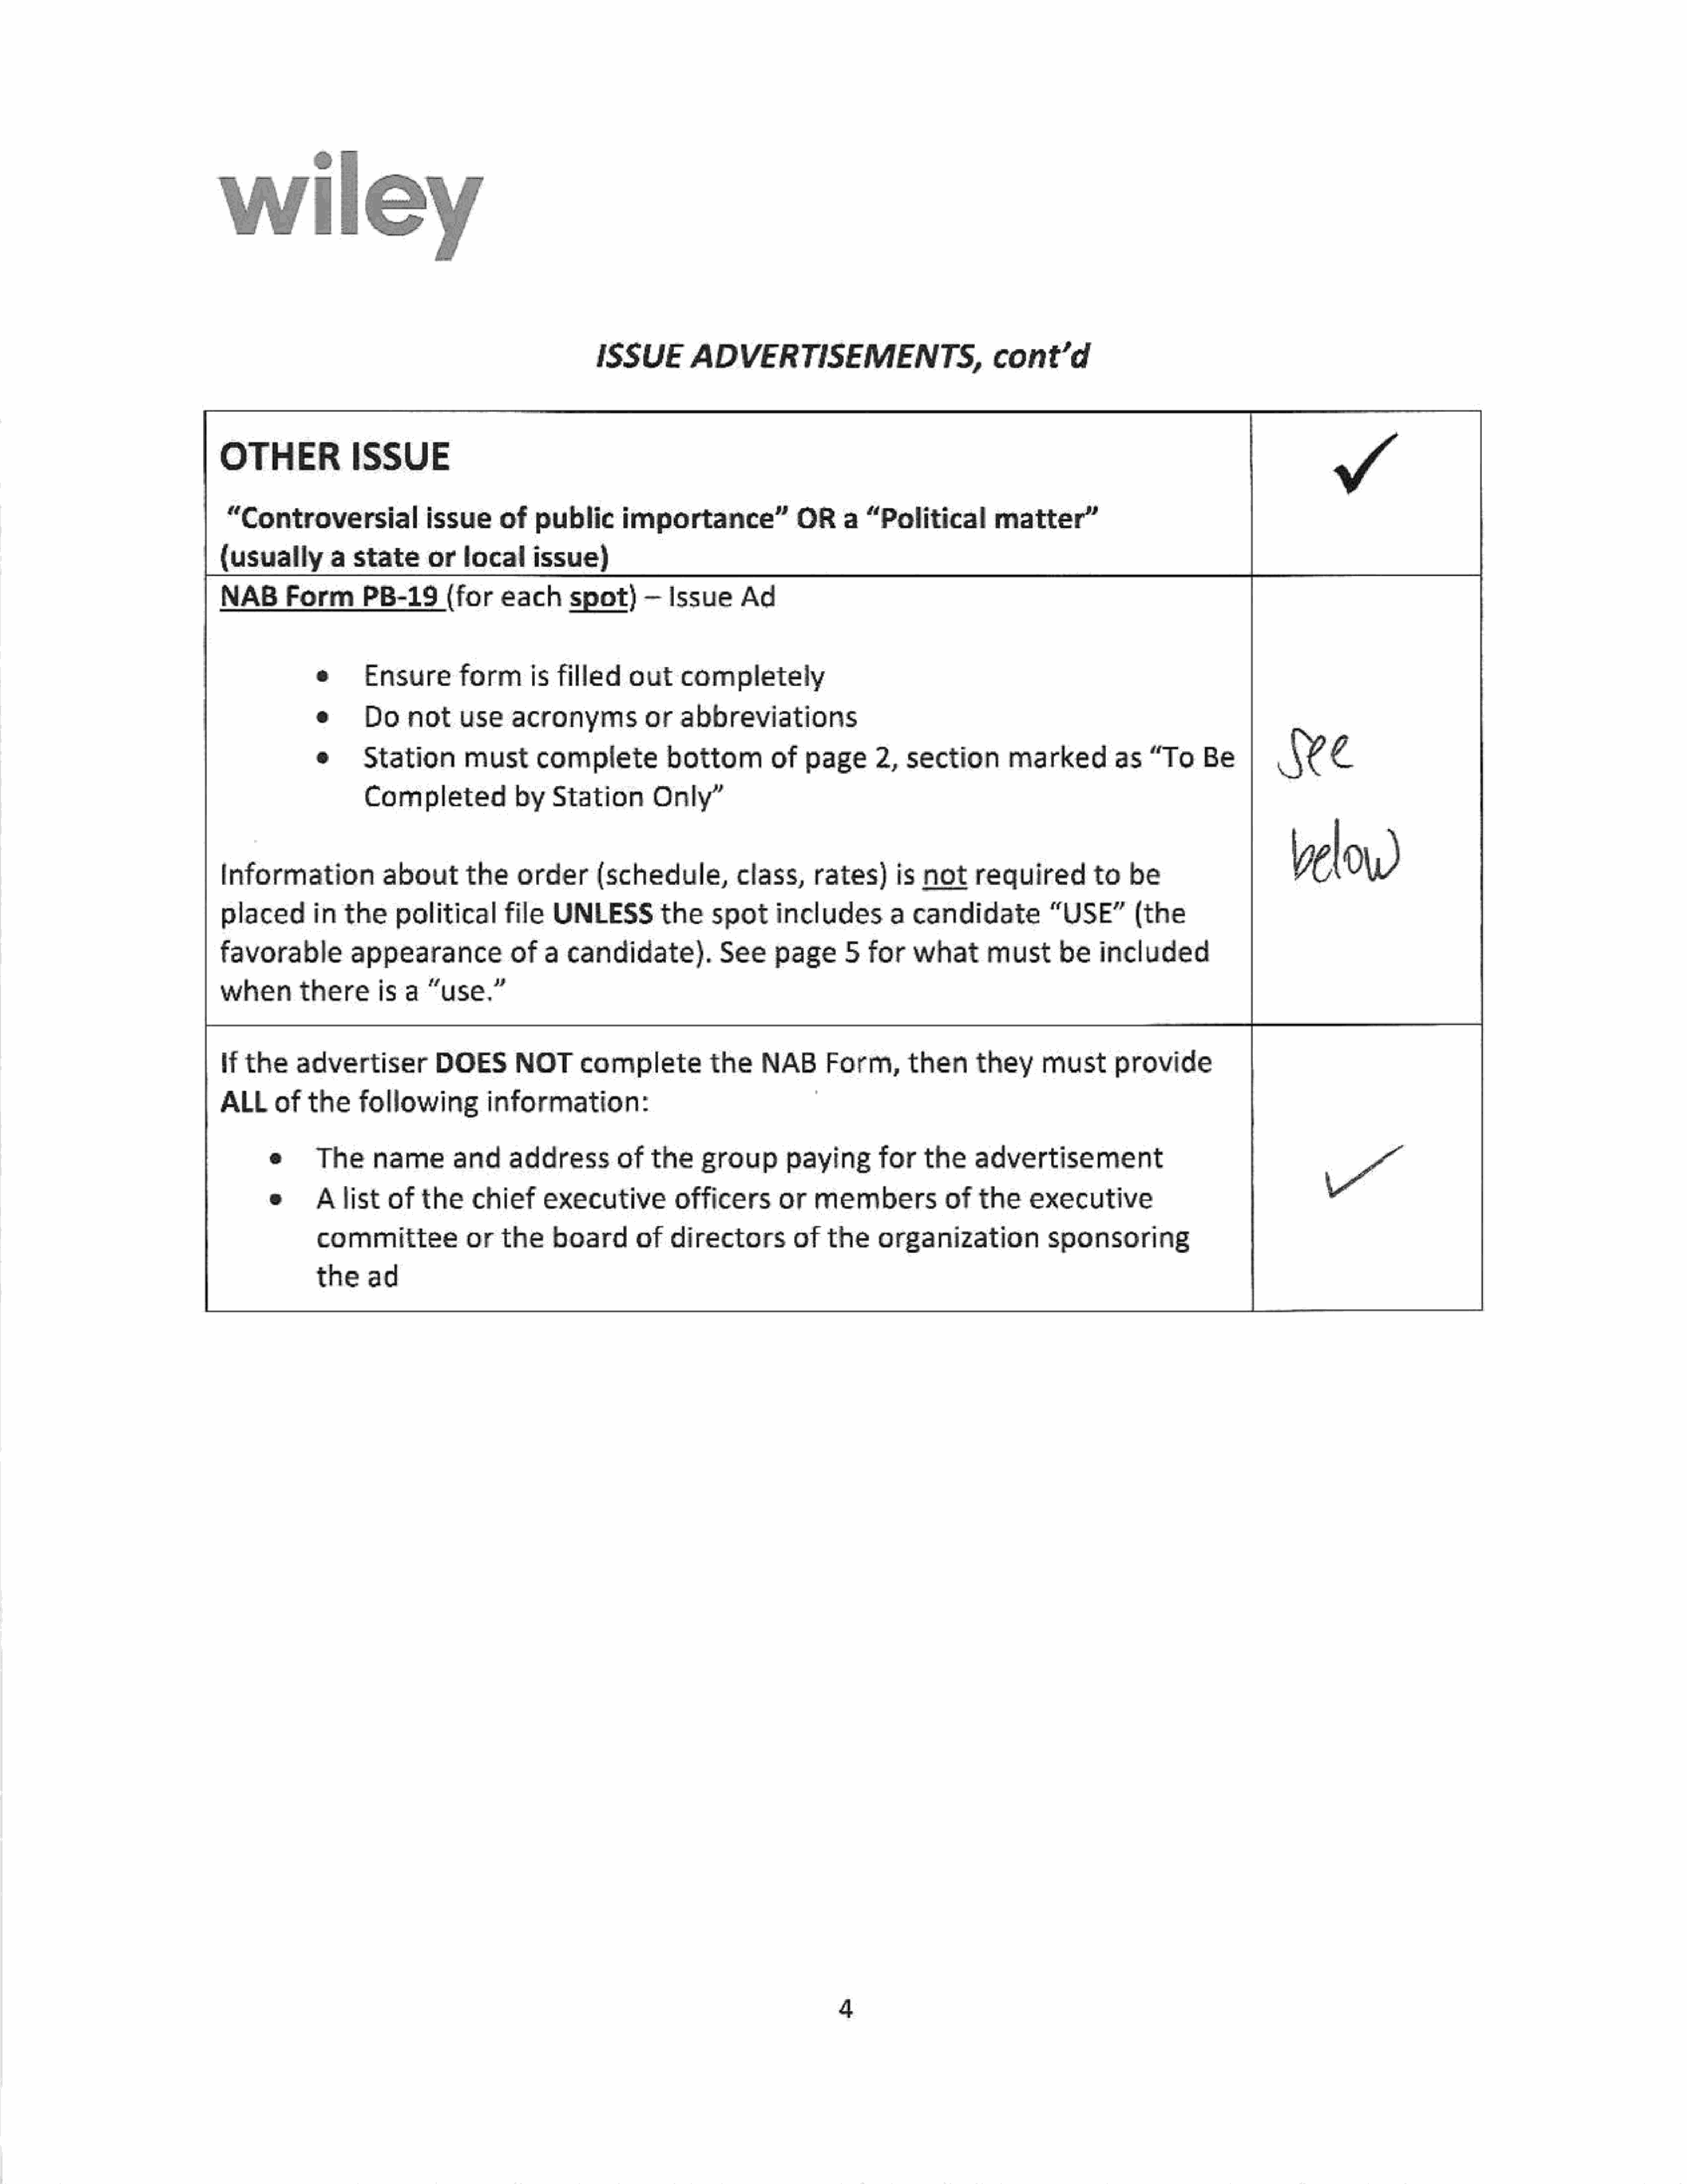
wiley
 ISSUE         ADVERTISEMENTS,                            cont’d
 OTHER          ISSUE
 “Controversial               issue      of   public      importance”              OR     a  “Political        matter”
 (usually        a   state     or   local     issue)
 NAB      Form       PB-19       (for    each      spot)     —   Issue     Ad
 e      Ensure        form is       filled    out    completely
 we
 e      Do    not     use    acronyms         or     abbreviations
 e      Station        must      complete          bottom         of   page      2,   section       marked         as   “To     Be
 Completed             by   Station       Only”
 Yelow)
 Information            about       the    order      (schedule,          class,     rates)      is  not     required        to    be
 placed       in  the political          file   UNLESS         the     spot     includes        a   candidate          “USE”       (the
 favorable          appearanceof                a  candidate).           See     page      5  for    what      must       be   included
 when     thereis           a  “use.”
 if the    advertiser          DOES        NOT      complete          the     NAB      Form,       then      they     must      provide
 ALLof        the    following          information:
 e     The     nameand             address      of     the    group        paying       for   the    advertisement
 e     list       of  the     chief     executive         officers       or   members            of   the    executive
 committee             or   the    board       of   directors        of   the     organization            sponsoring
 the     ad